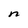
Character: n